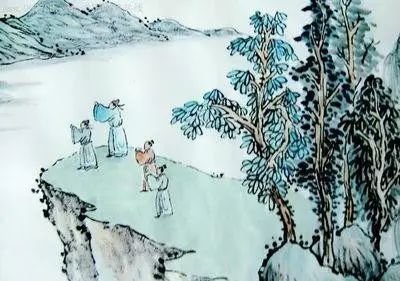
酒市渐闲灯火，正敲窗乱叶舞纷纷。